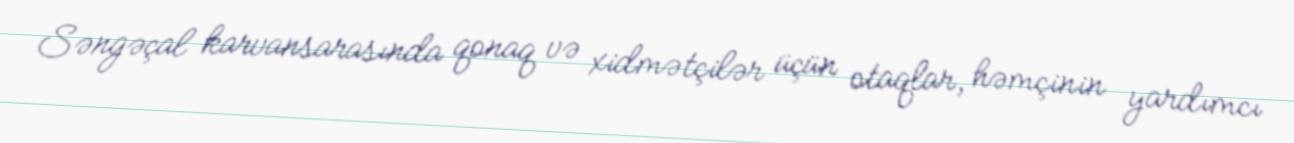
Səngəçal karvansarasında qonaq və xidmətçilər üçün otaqlar, həmçinin yardımcı